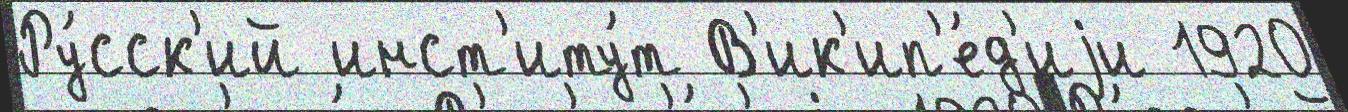
Ру́сск'ий инст'иту́т В'ик'ип'е́д'иjи 1920